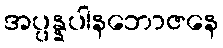
အပ္ပန္နပါနဘောဇနေ